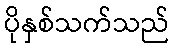
ပိုနှစ်သက်သည်